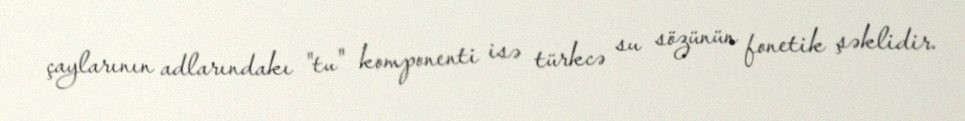
çaylarının adlarındakı "tu" komponenti isə türkcə su sözünün fonetik şəklidir.